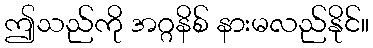
ဤသည်ကို အဂ္ဂနိစ် နားမလည်နိုင်။